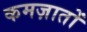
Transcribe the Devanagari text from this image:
कमज़ातों